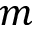
m